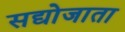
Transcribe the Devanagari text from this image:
सद्योजाता